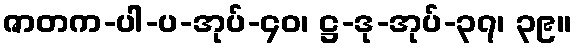
ဇာတက-ပါ-ပ-အုပ်-၄၀၊ ဋ္ဌ-ဒု-အုပ်-၃၇၊ ၃၉။